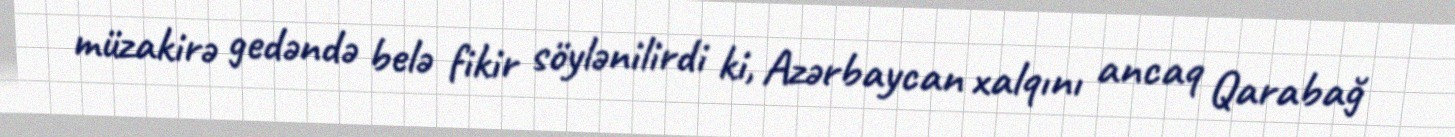
müzakirə gedəndə belə fikir söylənilirdi ki, Azərbaycan xalqını ancaq Qarabağ